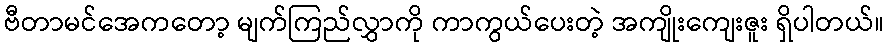
ဗီတာမင်အေကတော့ မျက်ကြည်လွှာကို ကာကွယ်ပေးတဲ့ အကျိုးကျေးဇူး ရှိပါတယ်။